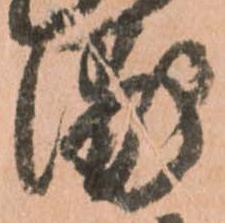
浦